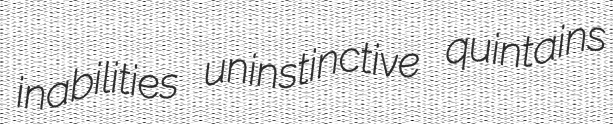
inabilities uninstinctive quintains